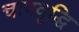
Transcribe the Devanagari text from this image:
चापवृद्धि